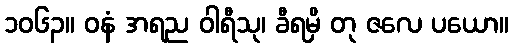
၁၀၆၃။ ဝနံ အရည ဝါရီသု၊ ခီရမှိ တု ဇလေ ပယော။